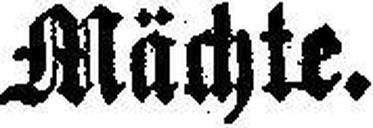
Mächte.